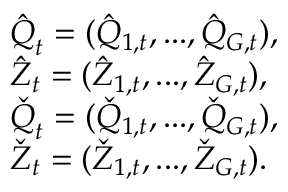
\begin{array} { r l } & { \boldsymbol { \hat { Q } } _ { t } = ( \hat { Q } _ { 1 , t } , . . . , \hat { Q } _ { G , t } ) , } \\ & { \boldsymbol { \hat { Z } } _ { t } = ( \hat { Z } _ { 1 , t } , . . . , \hat { Z } _ { G , t } ) , } \\ & { \boldsymbol { \check { Q } } _ { t } = ( \check { Q } _ { 1 , t } , . . . , \check { Q } _ { G , t } ) , } \\ & { \boldsymbol { \check { Z } } _ { t } = ( \check { Z } _ { 1 , t } , . . . , \check { Z } _ { G , t } ) . } \end{array}